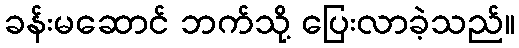
ခန်းမဆောင် ဘက်သို့ ပြေးလာခဲ့သည်။